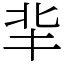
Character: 𠤖